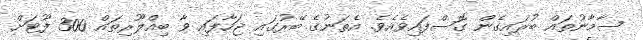
ސާމާނުތައް ބުރައިގެން ގޮސްފައިވެއެވެ. އެތަނުގެ ބޭރުގައި ޖަހާފައި ވާ ބިއްލޫރިތައް 300 ފޫޓަށް